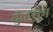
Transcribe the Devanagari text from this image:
कुहराम